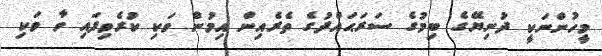
މީހުންނަކީ ދުނިޔޭގެ ބިމުގެ ސަރަޙައްދުގެ ތެރެއިން އިމުން ވަކި ކުރެވިފައި ވާ ވަކި